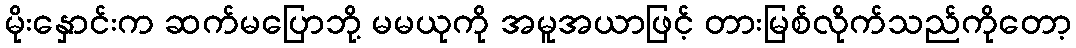
မိုးနှောင်းက ဆက်မပြောဘို့ မမယုကို အမူအယာဖြင့် တားမြစ်လိုက်သည်ကိုတော့